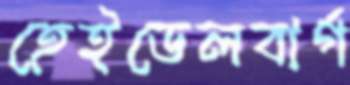
হেইডেলবার্গ